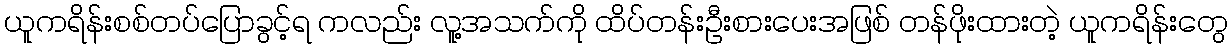
ယူူကရိန်းစစ်တပ်ပြောခွင့်ရ ကလည်း လူ့အသက်ကို ထိပ်တန်းဦးစားပေးအဖြစ် တန်ဖိုးထားတဲ့ ယူကရိန်းတွေ